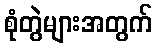
စုံတွဲများအတွက်